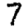
Digit: 7